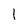
Character: l